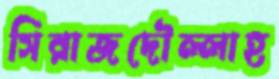
সিরাজদৌল্লাহ